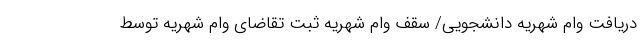
دریافت وام شهریه دانشجویی/ سقف وام شهریه ثبت تقاضای وام شهریه توسط